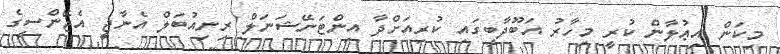
މިކަން އިޢުލާން ކުރީ މިހާރު އަބޫދާބީގައި ކުރިއަށްދާ އިންޓަނޭޝަނަލް ރިނިއުބަލް އެނާޖީ އެޖޭންސީގެ